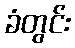
ခံတွင်း